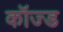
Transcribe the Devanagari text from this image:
कॉज्ड